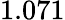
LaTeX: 1.071